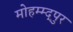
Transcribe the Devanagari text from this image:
मोहम्म्द्पुर